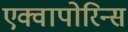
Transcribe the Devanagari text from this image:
एक्वापोरिन्स